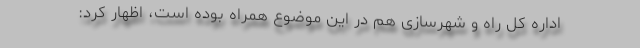
اداره کل راه و شهرسازی هم در این موضوع همراه بوده است، اظهار کرد: